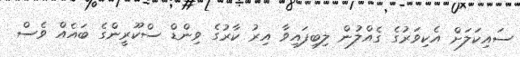
ސައިކަލަށް އެކިވަރުގެ ގެއްލުން ލިބިފައިވާ އިރު ކާރުގެ ވިންޑް ސްކޫރީންގެ ބައެއް ވެސް